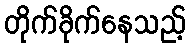
တိုက်ခိုက်နေသည့်